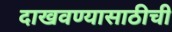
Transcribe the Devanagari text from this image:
दाखवण्यासाठीची